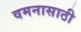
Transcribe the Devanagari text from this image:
वमनासाठी